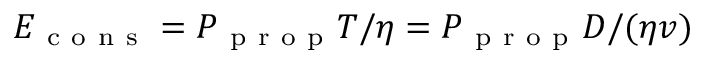
E _ { \mathrm { ~ c ~ o ~ n ~ s ~ } } = P _ { \mathrm { ~ p ~ r ~ o ~ p ~ } } T / \eta = P _ { \mathrm { ~ p ~ r ~ o ~ p ~ } } D / ( \eta v )